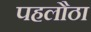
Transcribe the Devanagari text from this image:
पहलौठा